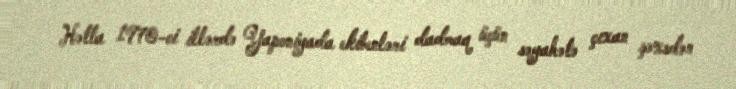
Hətta 1970-ci illərdə Yaponiyada ekibenləri dadmaq üçün səyahətə çıxan şəxsdən